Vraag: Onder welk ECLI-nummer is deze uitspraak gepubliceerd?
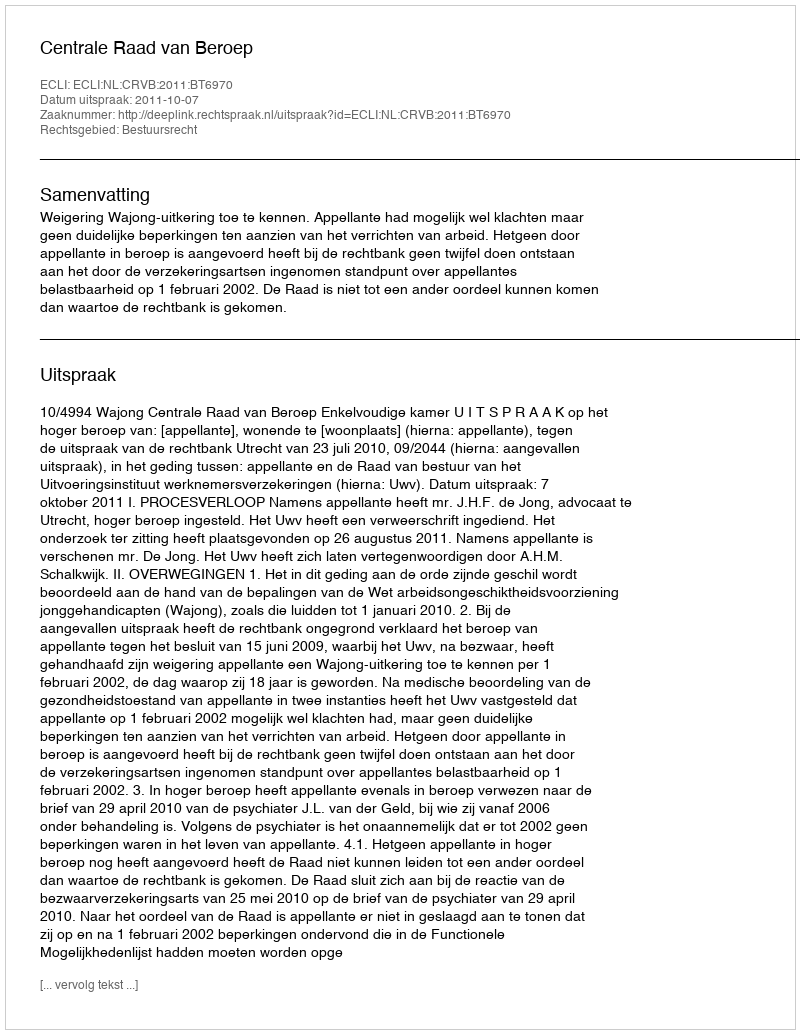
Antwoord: ECLI:NL:CRVB:2011:BT6970